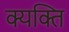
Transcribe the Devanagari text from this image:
क्यक्ति